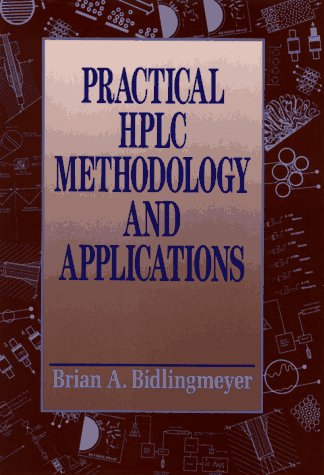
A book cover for Practical HPLC Methodology and Applications; Brian A. Bidlingmeyer; Science & Math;